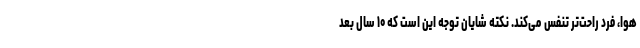
هوا، فرد راحت‌تر تنفس می‌کند. نکته شایان توجه این است که ۱۰ سال بعد